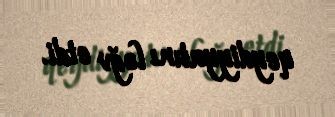
qeydiyyatını ləğv etdi.